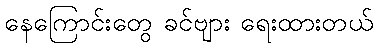
နေကြောင်းတွေ ခင်ဗျား ရေးထားတယ်